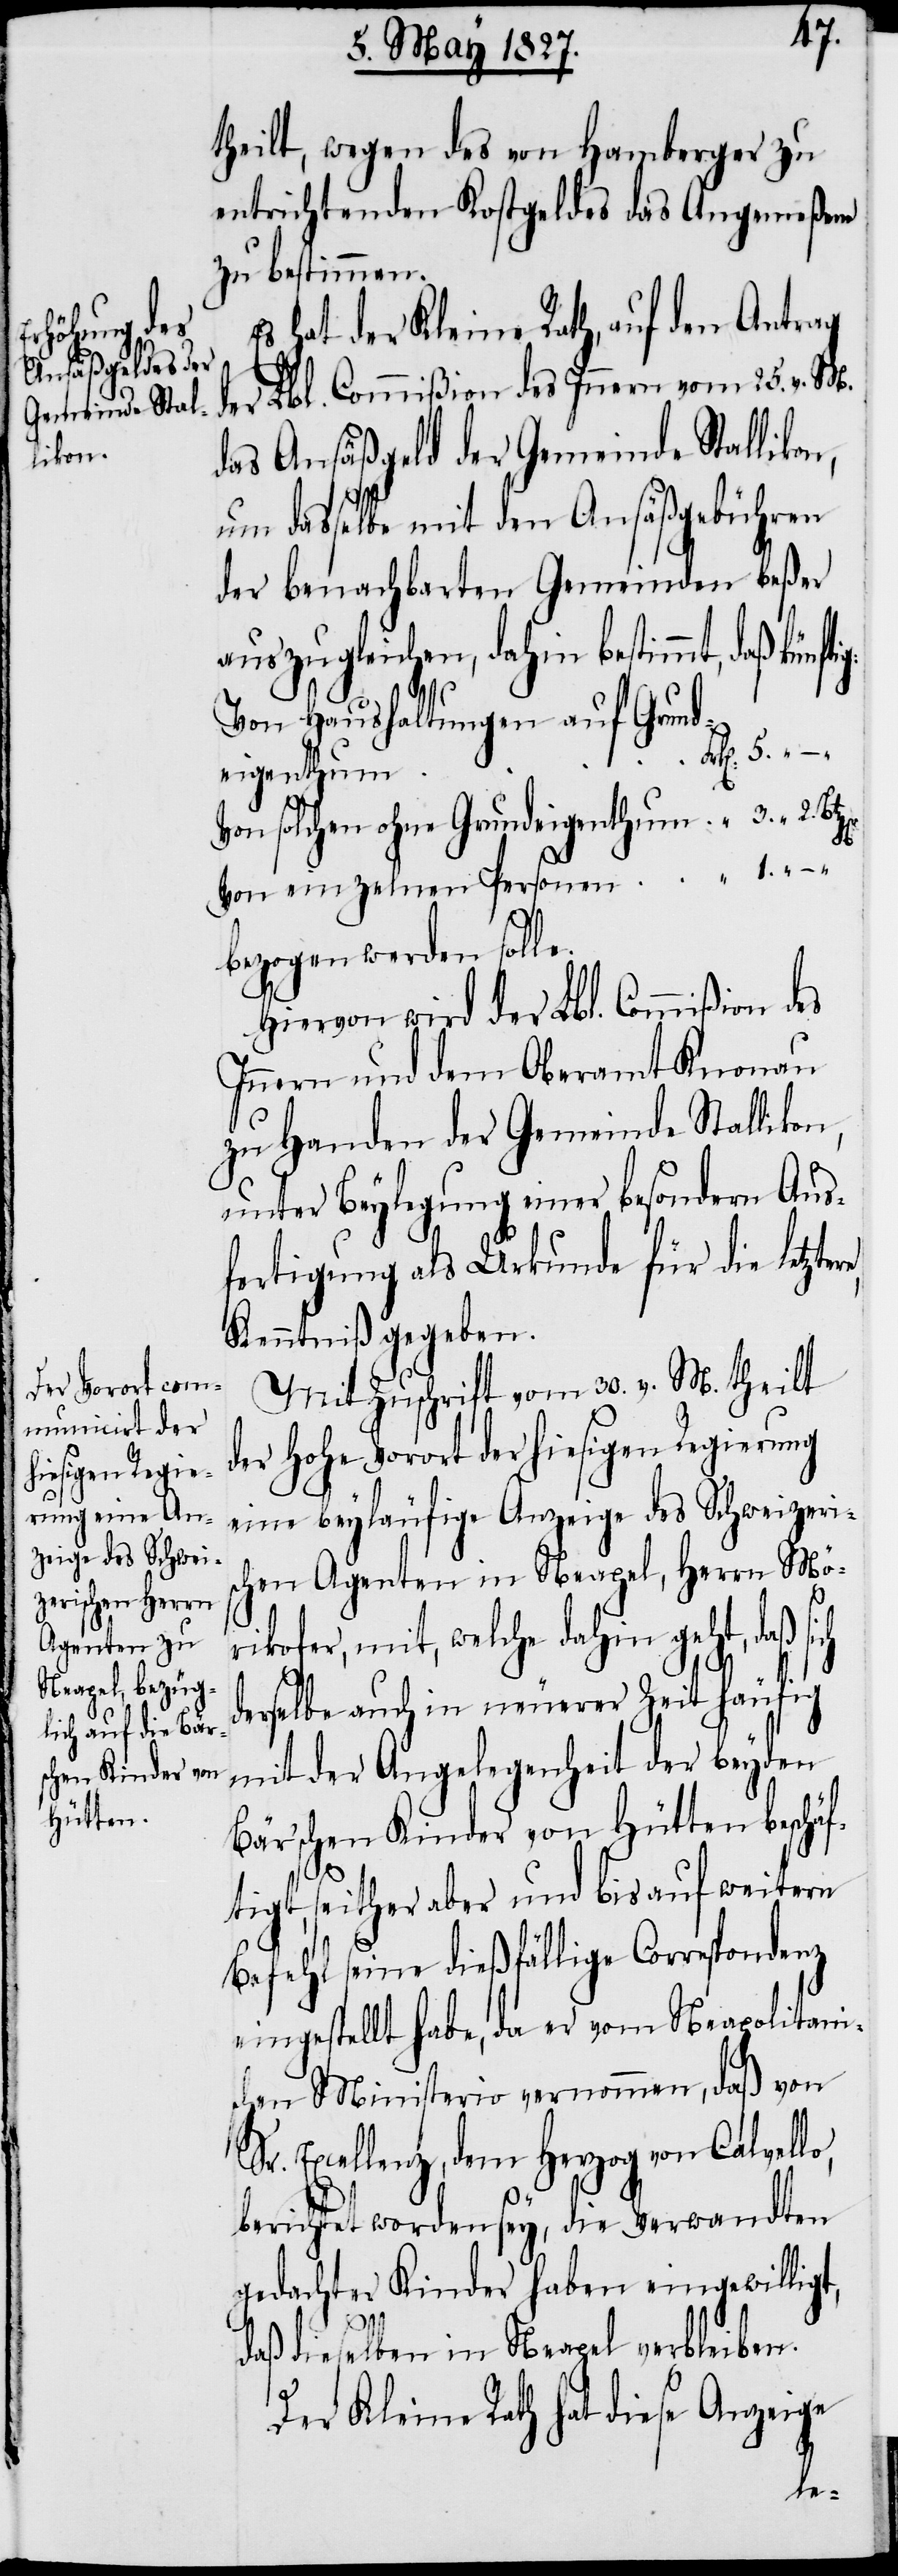
theilt, wegen des von Hamberger zu
entrichtenden Kostgeldes das Angemeßene
zu bestimmen.
Es hat der Kleine Rath, auf den Antrag
der Lbl. Commißion des Innern vom 25. v. M.
das Ansäßengeld der Gemeinde Stallikon,
um dasselbe mit den Ansäßengebühren
der benachbarten Gemeinden beßer
auszugleichen, dahin bestimmt, daß
Von Haushaltungen auf Grund¬
eigenthum
Von solchen ohne Grundeigenthum
Von einzelnen Personen
bezogen werden solle.
Hiervon wird der Lbl. Commißion des
Innern und dem Oberamte Knonau
zu Handen der Gemeinde Stallikon,
unter Beylegung einer besondern Aus¬
fertigung als Urkunde für die letz¬
Kenntniß gegeben.
Mit Zuschrift vom 30. v. M. theilt
der Hohe Vorort der hiesigen Regierung
eine beyläufige Anzeige des Schweizeris¬
chen Agenten in Neapel, Herrn Möri¬
kofer, mit, welche dahin geht, daß
derselbe auch in neuerer Zeit häufig
mit der Angelegenheit der beyden
Bär’schen Kinder von Hütten beschäf¬
tigt, seither aber und bis auf weitern
Befehl seine dießfällige Correspondenz
eingestellt habe, da er vom Neapolitani¬
schen Minister vernommen, daß von
Excellenz, dem Herzog von Calvel¬
berichtet worden sey, die Verwandten
gedachter Kinder haben eingewillig¬
t,
daß dieselben in Neapel verbleiben.
Der Kleine Rath hat diese Anzeige
lo,